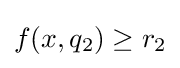
f(x,q_{2})\geq r_{2}\,\!